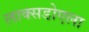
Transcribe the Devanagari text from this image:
लाक्सडोएला